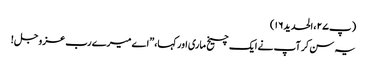
(پ۲۷، الحدید۱۶)
یہ سن کر آپ نے ایک چیخ ماری اور کہا،”اے میرے رب عزوجل !